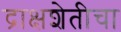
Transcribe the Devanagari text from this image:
द्राक्षशेतीचा